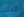
كذلك